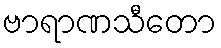
ဗာရာဏသီတော